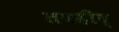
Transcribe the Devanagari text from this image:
तवहीद्